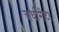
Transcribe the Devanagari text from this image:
अर्धामीटर